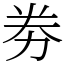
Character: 劵